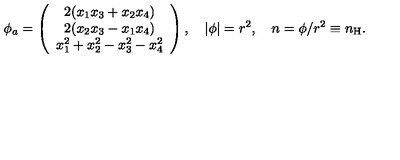
\phi _ { a } = \left( \begin{array} { c } { 2 ( x _ { 1 } x _ { 3 } + x _ { 2 } x _ { 4 } ) } \\ { 2 ( x _ { 2 } x _ { 3 } - x _ { 1 } x _ { 4 } ) } \\ { x _ { 1 } ^ { 2 } + x _ { 2 } ^ { 2 } - x _ { 3 } ^ { 2 } - x _ { 4 } ^ { 2 } } \\ \end{array} \right) , \quad | \phi | = r ^ { 2 } , \quad n = \phi / r ^ { 2 } \equiv n _ { \mathrm { H } } .